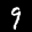
Digit: 9